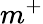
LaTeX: m^{+}